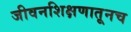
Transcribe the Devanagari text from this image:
जीवनशिक्षणातूनच